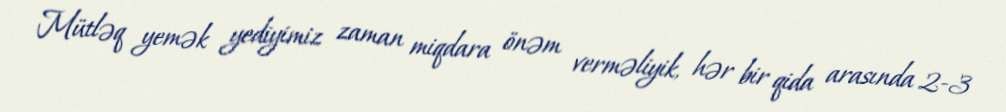
Mütləq yemək yediyimiz zaman miqdara önəm verməliyik, hər bir qida arasında 2-3